Indian journal of veterinary science and animal husbandry - Volume 2,
Year: 1932
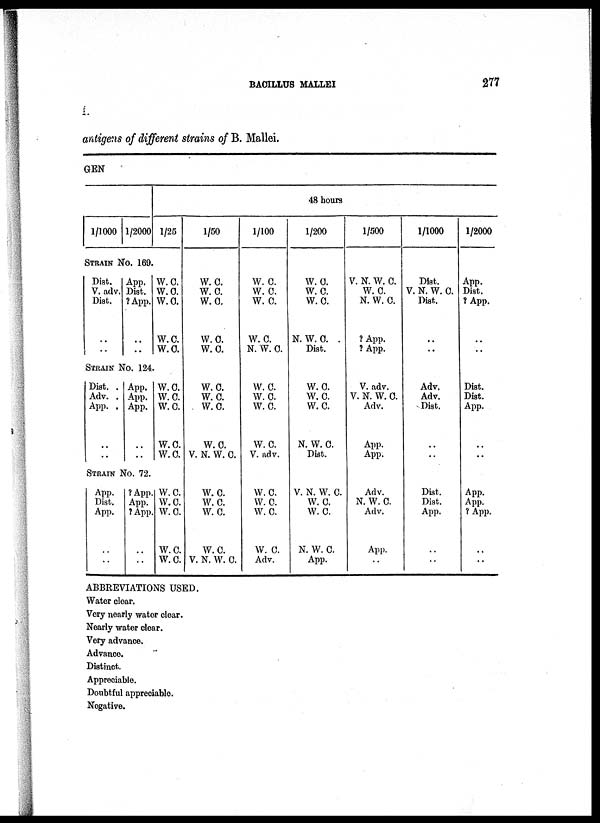
BACILLUS MALLEI
277
antigens of different strains of B. Mallei.
GEN
1/1000 1/2000
STRAIN NO. 169.
Dist.
V. adv.
Dist.
..
..
App.
Dist.
? App.
..
..
STRAIN NO. 124
Dist. .
Adv. .
App. .
..
App.
App.
App.
..
STRAIN NO. 72.
App.
Dist.
App.
..
..
? App.
App.
? App.
..
..
1/25
W.C.
W.C.
W.C.
W.C.
W.C.
1/50
W.C.
W.C.
W.C.
W.C.
W.C.
1/100
W.C.
W.C.
W.C.
W.C.
N. W. C.
48 hours
1/200
W.C.
W.C.
W.C.
N. W. C. .
Dist.
1/500
V. N. W. C.
W.C.
N. W. C.
? App.
? App.
1/1000
Dist.
V. N. W. C.
Dist.
..
1/2000
App.
Dist.
?App.
..
W.C.
W.C.
W.C.
W.C.
W.C.
W.C.
W.C.
W.C.
W.C.
V. N. W. C.
W.C.
W.C.
W.C.
W.C.
V. adv.
W.C.
W.C.
W.C.
N. W. C.
Dist.
V. adv.
V. N. W. C.
Adv.
App.
App.
Adv.
Adv.
Dist.
..
..
Dist.
Dist.
App.
..
..
W.C.
W.C.
W.C.
W.C.
W.C.
W.C.
w. c.
W.C.
W.C.
V. N. W. C.
W.C.
W. C.
W.C.
W.C.
Adv.
V. N. W. C.
W.C.
W.C.
N. W. C.
App. ..
Adv.
N. W. C.
Adv.
App.
..
Dist,
Dist.
App.
..
..
App.
App.
? App.
..
..
ABBREVIATIONS USED.
Water clear.
Very nearly water clear.
Nearly water clear.
Very advance.
Advance.
Distinct.
Appreciable.
Doubtful appreciable.
Negative.